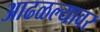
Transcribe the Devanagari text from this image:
आढळल्यावर